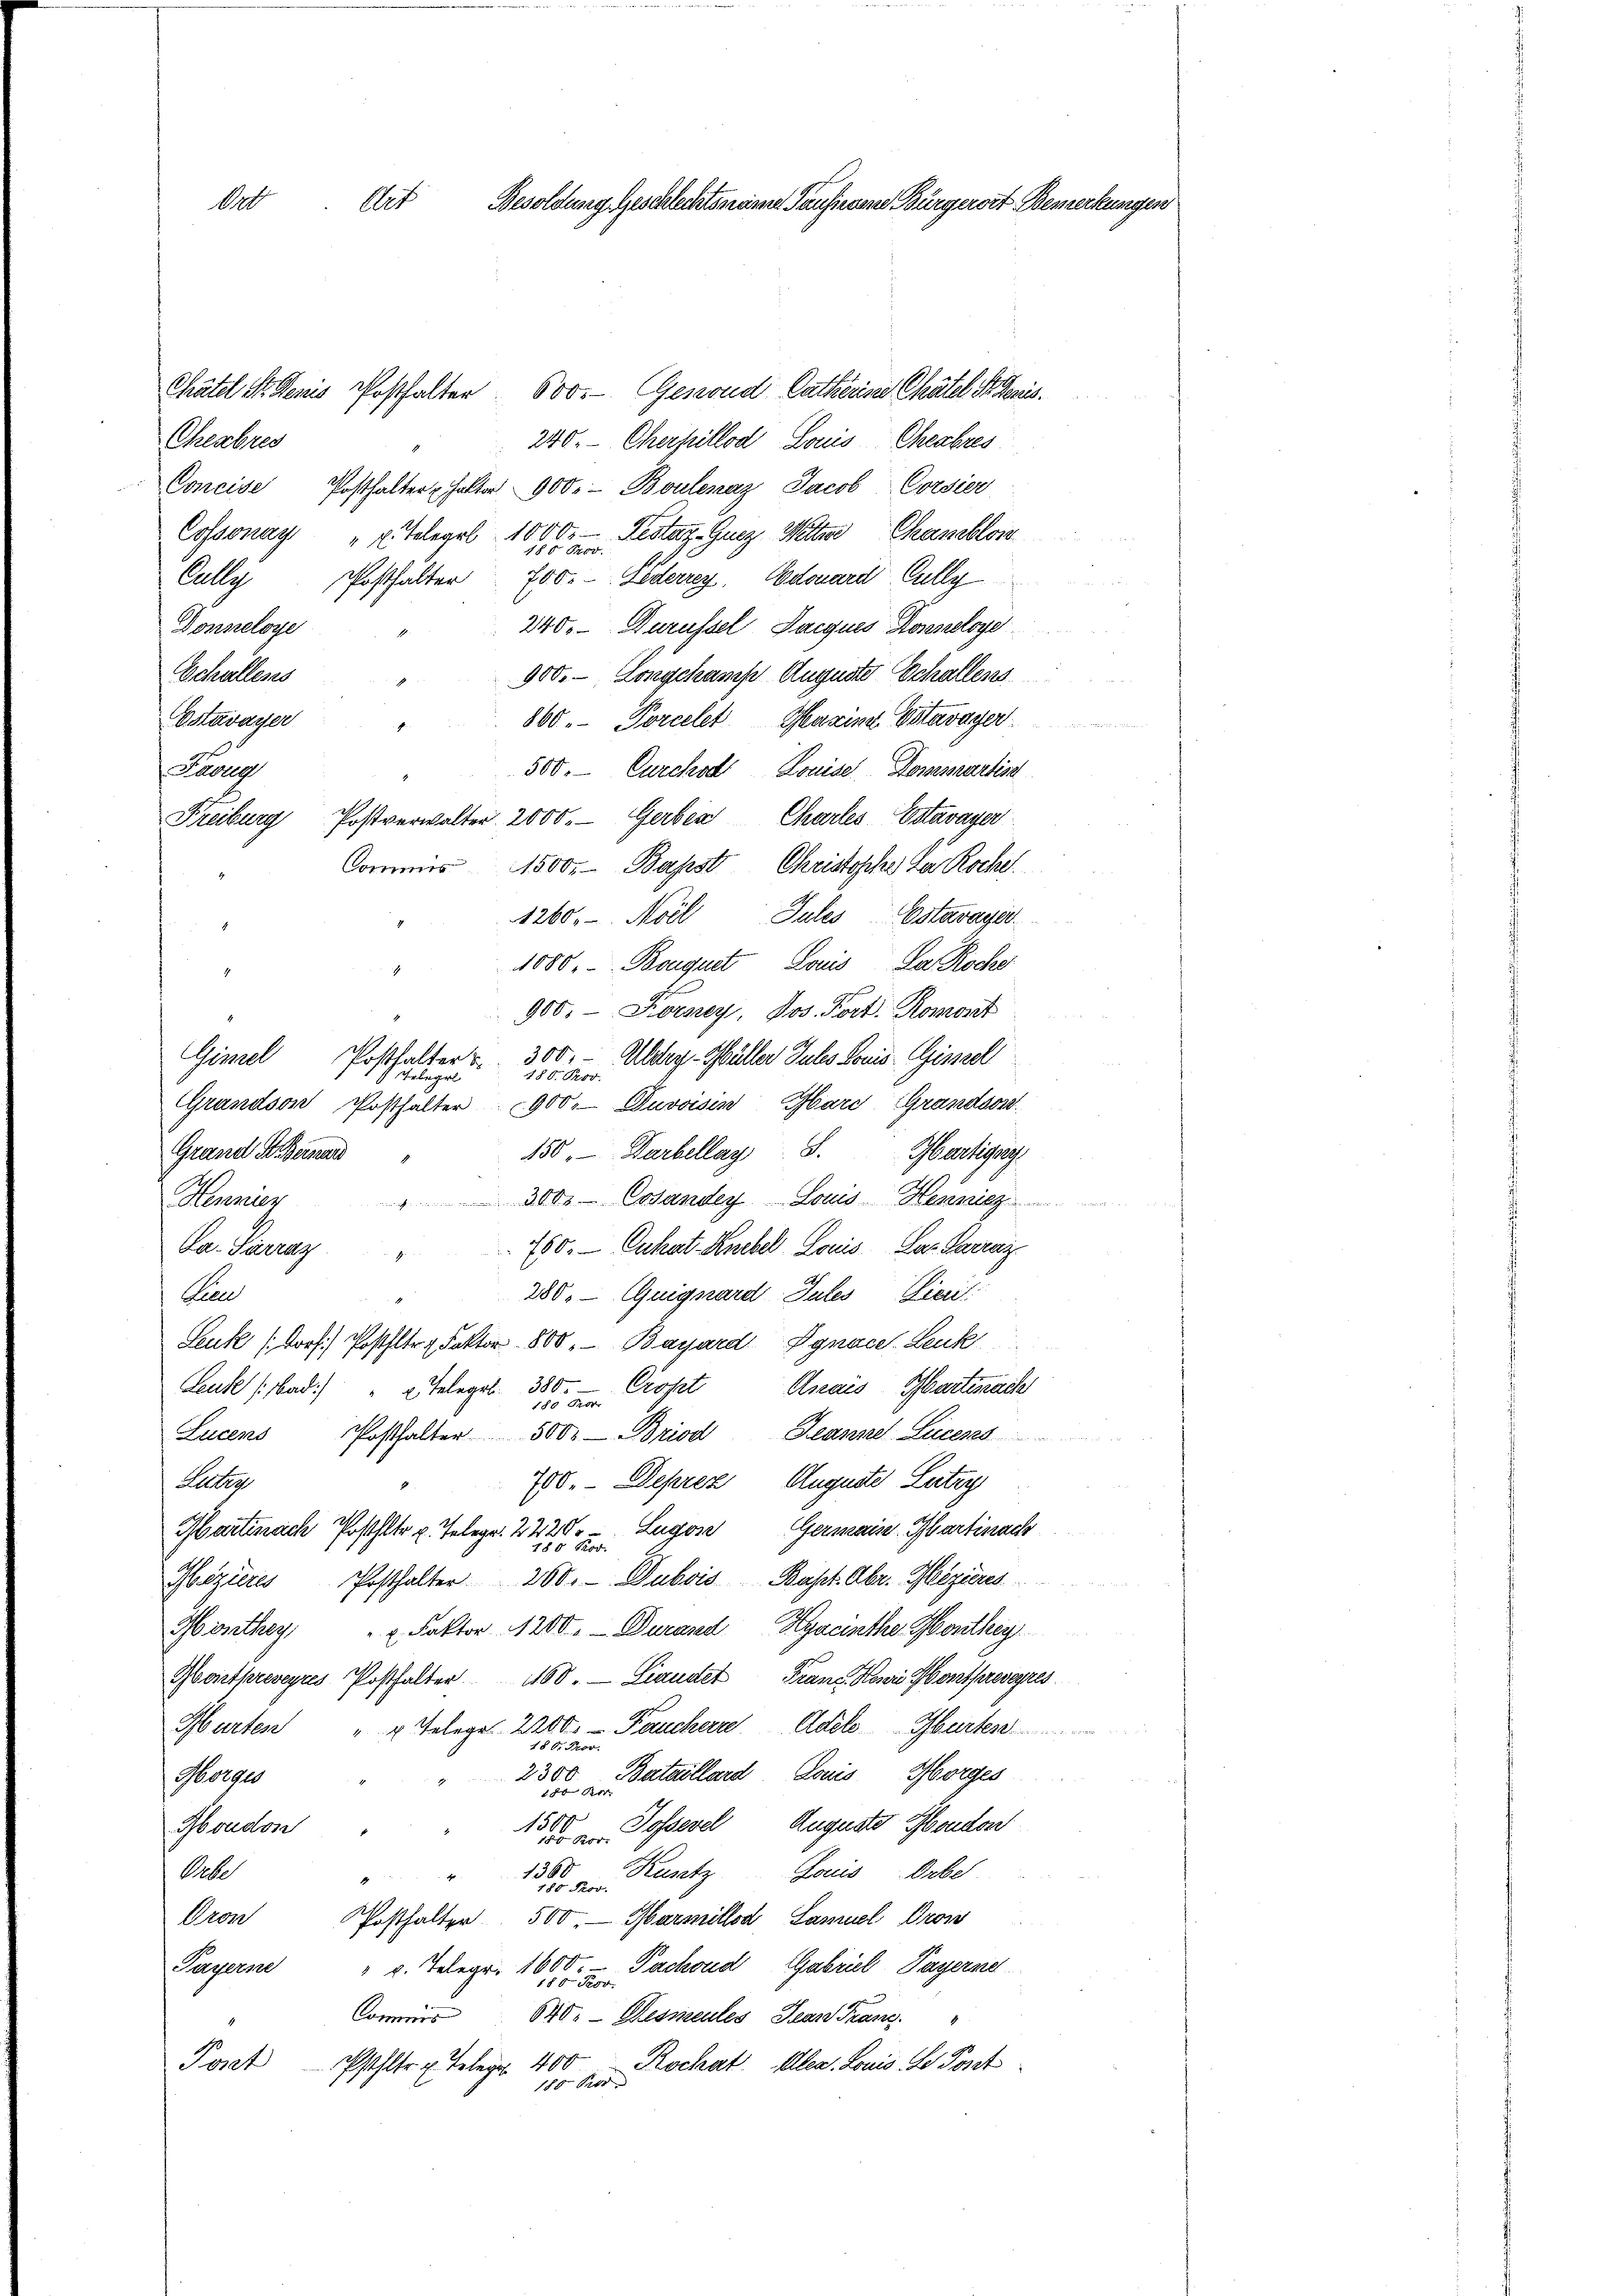
A
Art Besoldung Geschlechtsname Taufigene Bürgerort Bemerkungen

Chätel St. Genis Posthalten 600. Gesond Catharine Chätel St. Genis.
Cheabres
240. Cherpillod Louis Cheabres
Concise Posthalter halten 900.- Boulenaz, Jacob Corsier
Festaz-Guez Wetter Chamelon
Cossonay " u. Telegel 1000.-
180 Prov.
Cully Posthalter 700.- Ederrey. Edouard Cully
240. Durüssel Jacquis Konseloye
Donneloye
Schullens
900. Longekamp Auguste Schallens
Estavayer
860. Porcelet Genzins Estavayer
500. Curchst Louise Dommartin
Larg
Chartes Estavayer
Freiburg Postverwalter 2000. Gerben
Commis 1500. Bapst Christische da Roche
1260. Moel Jules Estavaye
.
1080, Bouquet Louis der Roche
900.- Forney, Jos. Fort. Romont
Gimel Posthalter u. 300. - Alsteg - Müller Juls Louis-Gisszel
 Telegr
Grandson Posthalter 900 Duvaisen Gard Grandson
Grand St. Bernard
150. Darbellay. 8. Martigung
Hennier " 300.- Costander Louis-Hesitz
750. — Cuhat-Knebel. Louis. Das Pari
Da-Sarraz"
280. Guignard Gutes Vier
Aen
Leuk (13x Dorf) Postfltr. Faktor 800. - Bayard Jgnace. Leuk
Croset Arais, Martinach
Leute (Sad.)
a Telegel. 380.
180 Geor
Lucens Posthalter 500. Briod Jeanne Lucens
Auguste Liter
750. Deprez
Kateg
Martinach Posthete u. Telege. 222 u. Lugane Germain. Martinach
Hizieres Posthalter 200.- Dubois Bapt. Aber. Heizieres
Monthey   Faktor 1200. - Durand Hyacinthe Monthey
Gontfreveyres Posthalter 1100. Lander Franz-Kowi Montherwegres
Marten
4 Gelege 2200. - Panchern Adele Gürten
18 d. Prov.
2300 Bataillard Louis Morges
Morge
180 Ro.
1500
Sofsevel Auguste Moudon
Moudon
1 Nov.
1300
Kamb
Grebe
Louis-Orbe
788. Mor.
Dron
Posthalter 500.- Warmillod Samuel Pron
Payerne " g. Telegr. 1000. u Pachoud Gabriel Payerne
Commis
840. Desmeules Jean Franz
Port
Rochat. Allen. Louis de Poset
Pfehltr. u. Telegr. 400
10 Cts.